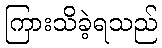
ကြားသိခဲ့ရသည်